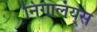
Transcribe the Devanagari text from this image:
निगालंय्‌स